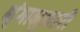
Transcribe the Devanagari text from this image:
भृंगानुकारी